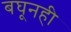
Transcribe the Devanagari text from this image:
बघूनही